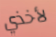
لأخذي